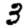
Digit: 3